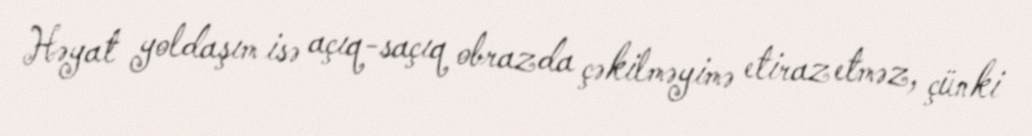
Həyat yoldaşım isə açıq-saçıq obrazda çəkilməyimə etiraz etməz, çünki